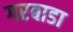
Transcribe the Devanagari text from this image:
गरबाडा